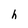
Character: h